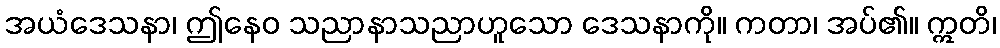
အယံဒေသနာ၊ ဤနေဝ သညာနာသညာဟူသော ဒေသနာကို။ ကတာ၊ အပ်၏။ ဣတိ၊